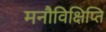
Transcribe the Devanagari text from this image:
मनौविक्षिप्ति